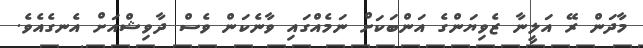
މާދަން ރޭ އަލީނާ ޒެވިޔަންގެ އަންބަކަށް ނަމެއްގައި ވާނެކަން ވެސް ދާވިޝްއަށް އެނގެއެވެ.